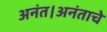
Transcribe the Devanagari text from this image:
अनंत।अनंताचे